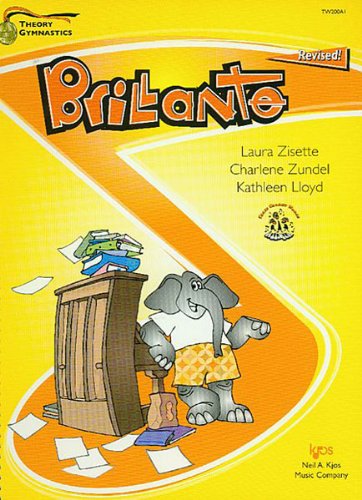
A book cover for TW200A1 - Theory Gymnastics - Brillante Level A Revised; Laura Zisette; Sports & Outdoors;